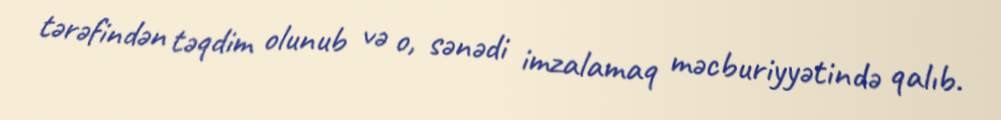
tərəfindən təqdim olunub və o, sənədi imzalamaq məcburiyyətində qalıb.